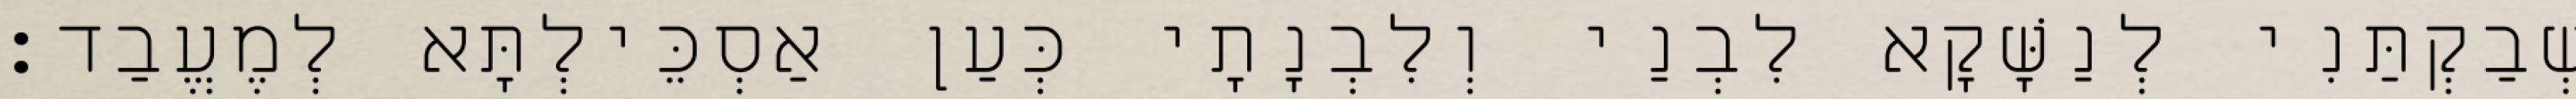
שְׁבַקְתַּנִי לְנַשָּׁקָא לִבְנַי וְלִבְנָתָי כְּעַן אַסְכֵּילְתָּא לְמֶעֱבַד׃